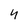
Character: 4